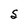
Character: S